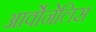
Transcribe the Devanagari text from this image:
आर्वोनेलिस